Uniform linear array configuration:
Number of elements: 48
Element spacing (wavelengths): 0.5
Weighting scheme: hamming
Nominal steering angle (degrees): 0
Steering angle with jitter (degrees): -1.795
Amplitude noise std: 0.05
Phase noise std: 0.05

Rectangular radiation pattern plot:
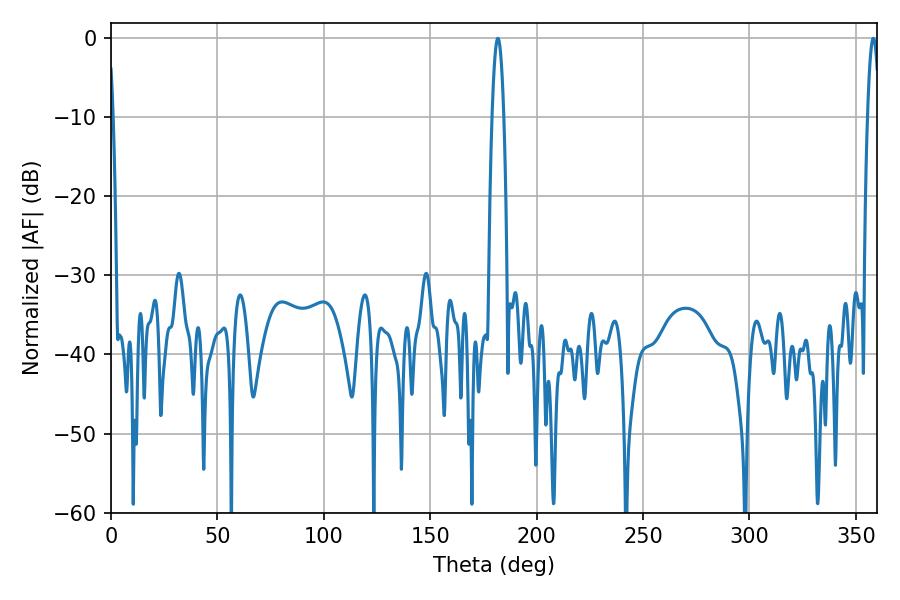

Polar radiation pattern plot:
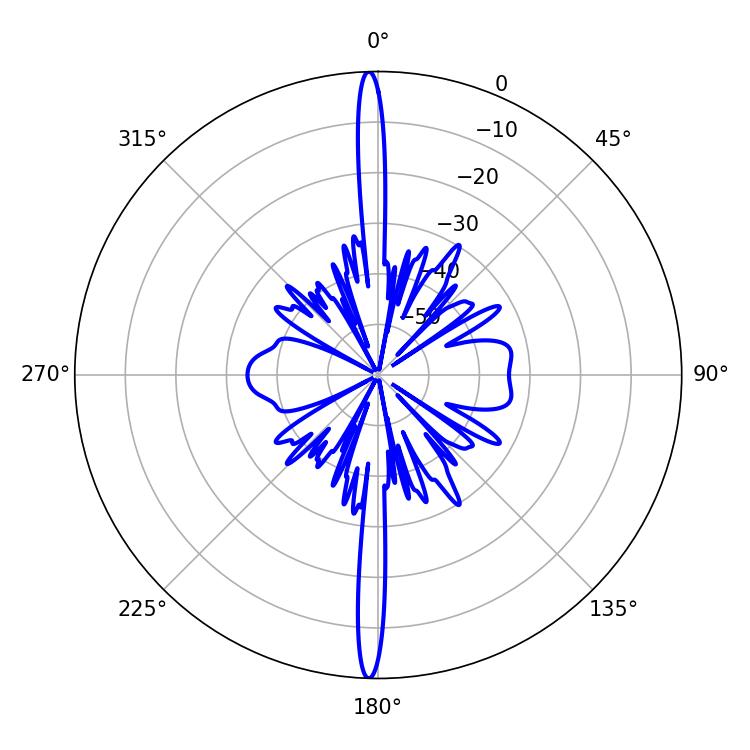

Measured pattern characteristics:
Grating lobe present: FALSE
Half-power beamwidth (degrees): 2.88
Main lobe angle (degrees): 181.8